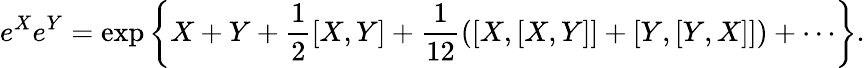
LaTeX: e^{X}e^{Y}=\exp\left\{ X+Y+{\frac{1}{2}}[X,Y]+{\frac{1}{12}}([X,[X,Y]]+[Y,[Y,X]])+\cdots\right\} .